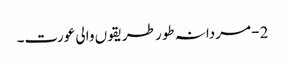
2- مردانہ طور طریقوں والی عورت۔